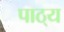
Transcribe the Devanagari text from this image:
पाठ्‌य